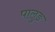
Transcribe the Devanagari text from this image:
पालुङ